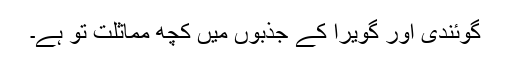
گوئندی اور گویرا کے جذبوں میں کچھ مماثلت تو ہے۔